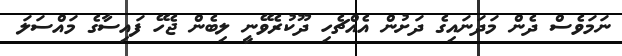
ނަމަވެސް ދެން މަދަނައިގެ ދަށުން އެއްޗެހި ދޫކުރެވޭނީ ލިބެން ޖެހޭ ފައިސާގެ މައްސަލަ